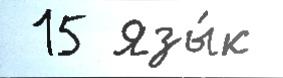
 15 Язы́к